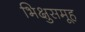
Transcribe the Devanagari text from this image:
भिक्षुसमूह